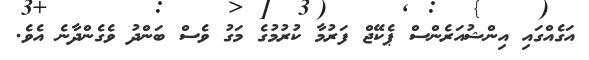
އަގެއްގައި އިންޝުއަރެންސް ޕެކޭޖް ފަރުމާ ކުރުމުގެ މަގު ވެސް ބަންދު ވެގެންދާނެ އެވެ.